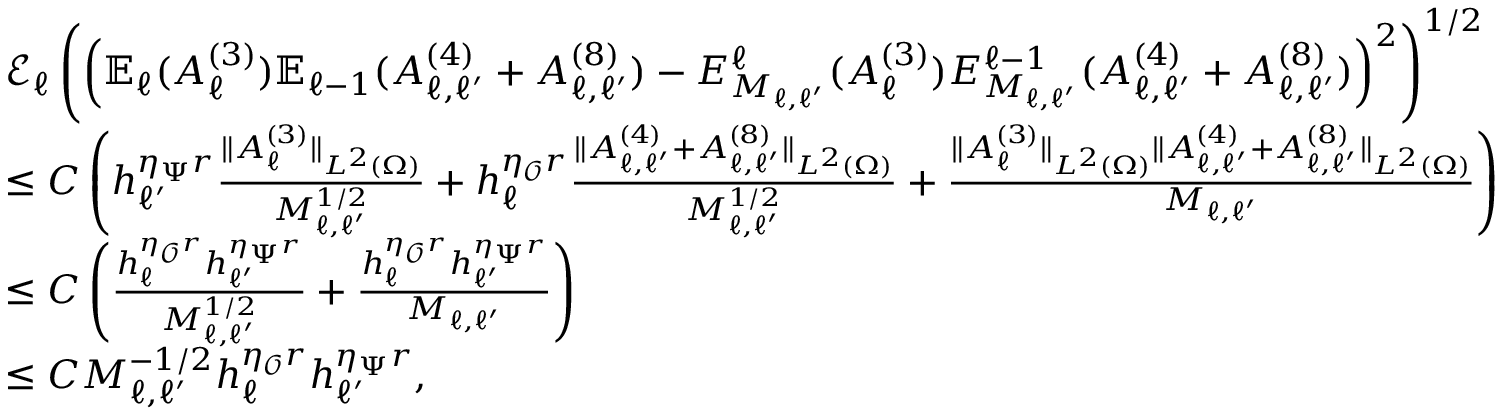
\begin{array} { r l } & { \mathcal { E } _ { \ell } \left( \left( \mathbb { E } _ { \ell } ( A _ { \ell } ^ { ( 3 ) } ) \mathbb { E } _ { \ell - 1 } ( A _ { \ell , \ell ^ { \prime } } ^ { ( 4 ) } + A _ { \ell , \ell ^ { \prime } } ^ { ( 8 ) } ) - E _ { M _ { \ell , \ell ^ { \prime } } } ^ { \ell } ( A _ { \ell } ^ { ( 3 ) } ) E _ { M _ { \ell , \ell ^ { \prime } } } ^ { \ell - 1 } ( A _ { \ell , \ell ^ { \prime } } ^ { ( 4 ) } + A _ { \ell , \ell ^ { \prime } } ^ { ( 8 ) } ) \right) ^ { 2 } \right) ^ { 1 / 2 } } \\ & { \le C \left( h _ { \ell ^ { \prime } } ^ { \eta _ { \Psi } r } \frac { \| A _ { \ell } ^ { ( 3 ) } \| _ { L ^ { 2 } ( \Omega ) } } { M _ { \ell , \ell ^ { \prime } } ^ { 1 / 2 } } + h _ { \ell } ^ { \eta _ { \mathcal { O } } r } \frac { \| A _ { \ell , \ell ^ { \prime } } ^ { ( 4 ) } + A _ { \ell , \ell ^ { \prime } } ^ { ( 8 ) } \| _ { L ^ { 2 } ( \Omega ) } } { M _ { \ell , \ell ^ { \prime } } ^ { 1 / 2 } } + \frac { \| A _ { \ell } ^ { ( 3 ) } \| _ { L ^ { 2 } ( \Omega ) } \| A _ { \ell , \ell ^ { \prime } } ^ { ( 4 ) } + A _ { \ell , \ell ^ { \prime } } ^ { ( 8 ) } \| _ { L ^ { 2 } ( \Omega ) } } { M _ { \ell , \ell ^ { \prime } } } \right) } \\ & { \le C \left( \frac { h _ { \ell } ^ { \eta _ { \mathcal { O } } r } h _ { \ell ^ { \prime } } ^ { \eta _ { \Psi } r } } { M _ { \ell , \ell ^ { \prime } } ^ { 1 / 2 } } + \frac { h _ { \ell } ^ { \eta _ { \mathcal { O } } r } h _ { \ell ^ { \prime } } ^ { \eta _ { \Psi } r } } { M _ { \ell , \ell ^ { \prime } } } \right) } \\ & { \le C M _ { \ell , \ell ^ { \prime } } ^ { - 1 / 2 } h _ { \ell } ^ { \eta _ { \mathcal { O } } r } h _ { \ell ^ { \prime } } ^ { \eta _ { \Psi } r } , } \end{array}